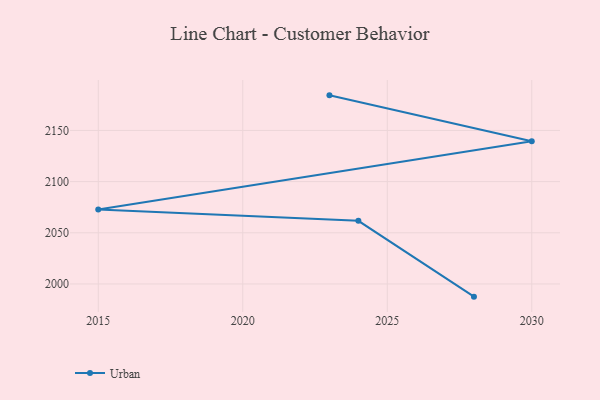
{"axis": {"x": "Year", "y": "Production Output"}, "legend": ["Urban"], "data": [{"x": "2028", "y": 1987.6, "type": "Urban"}, {"x": "2024", "y": 2061.7, "type": "Urban"}, {"x": "2015", "y": 2072.8, "type": "Urban"}, {"x": "2030", "y": 2139.4, "type": "Urban"}, {"x": "2023", "y": 2184.3, "type": "Urban"}]}